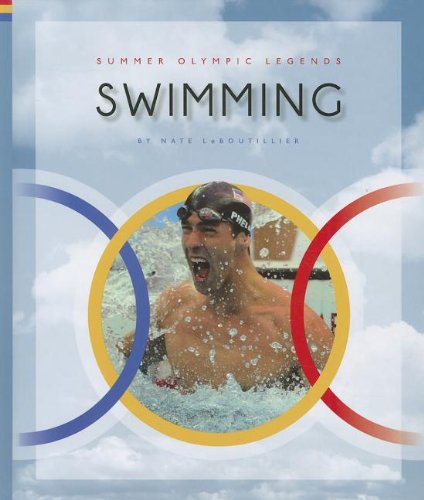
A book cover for Swimming (Summer Olympic Legends); Nate LeBoutillier; Children's Books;